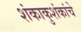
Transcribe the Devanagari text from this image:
शंकाकुशंकांचे